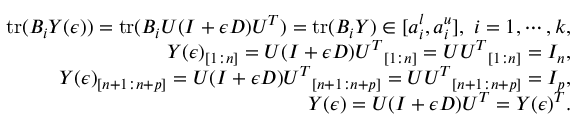
\begin{array} { r l r } & { } & { \mathrm { t r } ( B _ { i } Y ( \epsilon ) ) = \mathrm { t r } ( B _ { i } U ( I + \epsilon D ) U ^ { T } ) = \mathrm { t r } ( B _ { i } Y ) \in [ a _ { i } ^ { l } , a _ { i } ^ { u } ] , ~ i = 1 , \cdots , k , } \\ & { } & { Y ( \epsilon ) _ { [ 1 : n ] } = { U ( I + \epsilon D ) U ^ { T } } _ { [ 1 : n ] } = { U U ^ { T } } _ { [ 1 : n ] } = I _ { n } , } \\ & { } & { Y ( \epsilon ) _ { [ n + 1 : n + p ] } = { U ( I + \epsilon D ) U ^ { T } } _ { [ n + 1 : n + p ] } = { U U ^ { T } } _ { [ n + 1 : n + p ] } = I _ { p } , } \\ & { } & { Y ( \epsilon ) = U ( I + \epsilon D ) U ^ { T } = Y ( \epsilon ) ^ { T } . } \end{array}